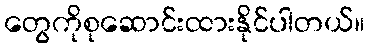
တွေကိုစုဆောင်းထားနိုင်ပါတယ်။